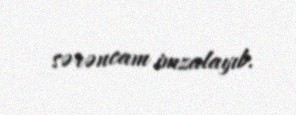
sərəncam imzalayıb.